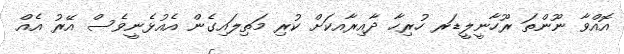
އޮއްވާ ނޫންތަ ރޫހާނީލީޑަރ ހުރިހާ ދާއިރާއކަށް ކުރި މަތިލައިގެން އެއުޅެނީވެސް އޭރު އެއް